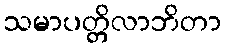
သမာပတ္တိလာဘိတာ